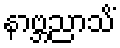
နာဗ္ဘညာသိံ